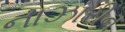
નાઝારીન